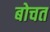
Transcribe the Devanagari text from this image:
बोचत